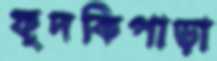
ফুদকিপাড়া